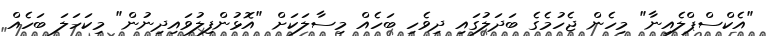
"އެކްސްޕްލެއިނާ" މިހެން ޖެހުމެގެ ބަދަލުގައި ދިވެހި ބަހެއް މިސާލަކަށް "އޮޅުންފިލުވައިދިނުން" މިކަހަލަ ބަހެއް